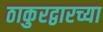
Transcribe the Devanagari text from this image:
ठाकुरद्वारच्या